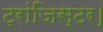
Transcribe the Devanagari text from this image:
ट्रांजिस्टर।